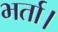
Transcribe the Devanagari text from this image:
भर्ता।